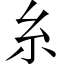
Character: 糸